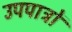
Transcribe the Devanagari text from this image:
उपपात्रों